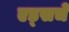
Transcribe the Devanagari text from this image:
एड्‌सचे